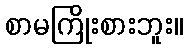
စာမကြိုးစားဘူး။